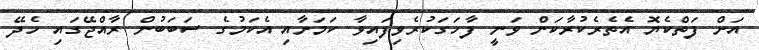
އަށް ފަތްކެޔޮ އެތެރެކުރާކަން ވަނީ ފާހަގަކުރެވިފައިވާ ކަމަށާއި އެކަމުގެ ސަބަބުން ރާއްޖޭގައި ހެދޭ